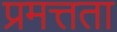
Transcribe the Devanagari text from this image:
प्रमत्तता